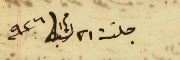
جلسى ٢١ شباط سنة ٩٢٦